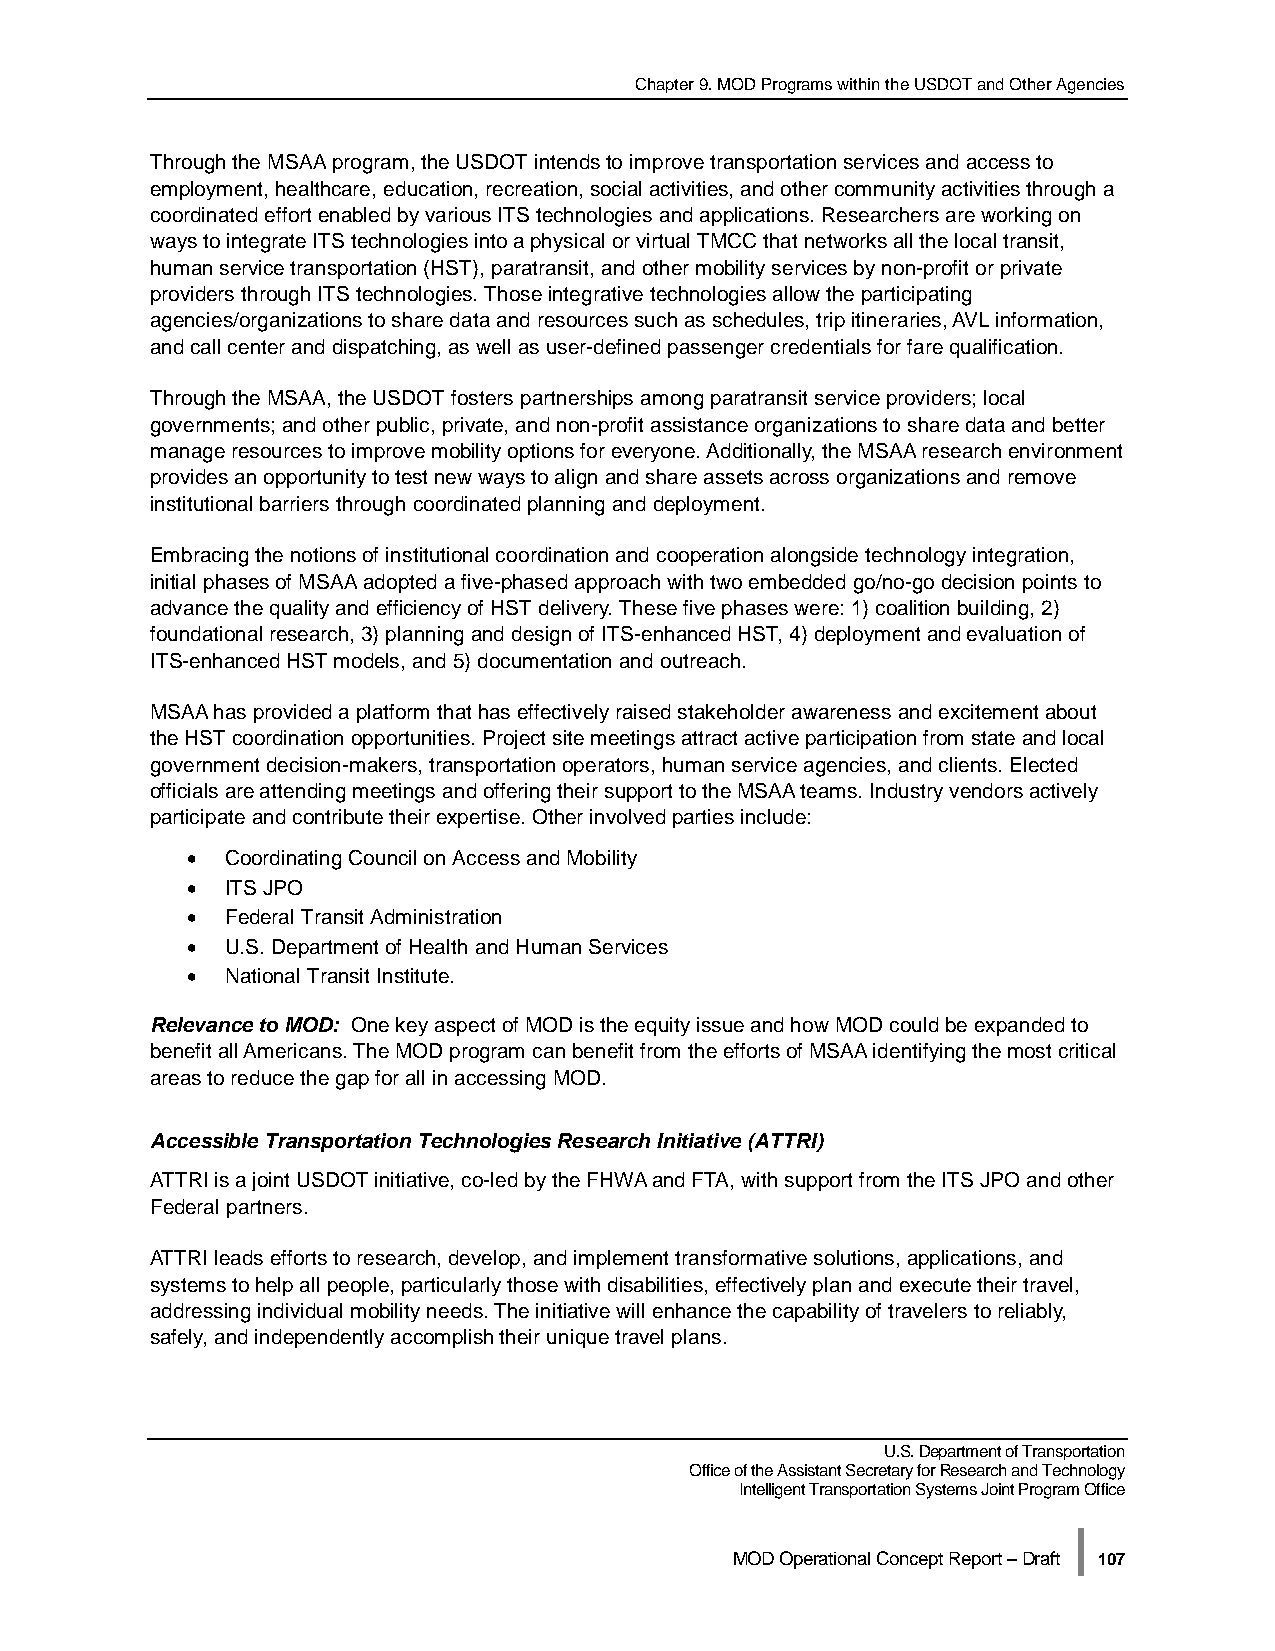
Chapter 9. MOD Programs within the USDOT and Other Agencies
 Through the MSAA program, the USDOT intends to improve transportation services and access to
 employment, healthcare, education, recreation, social activities, and other community activities through a
 coordinated effort enabled by various ITS technologies and applications. Researchers are working on
 ways to integrate ITS technologies into a physical or virtual TMCC that networks all the local transit,
 human service transportation (HST), paratransit, and other mobility services by non-profit or private
 providers through ITS technologies. Those integrative technologies allow the participating
 agencies/organizations to share data and resources such as schedules, trip itineraries, AVL information,
 and call center and dispatching, as well as user-defined passenger credentials for fare qualification.
 Through the MSAA, the USDOT fosters partnerships among paratransit service providers; local
 governments; and other public, private, and non-profit assistance organizations to share data and better
 manage resources to improve mobility options for everyone. Additionally, the MSAA research environment
 provides an opportunity to test new ways to align and share assets across organizations and remove
 institutional barriers through coordinated planning and deployment.
 Embracing the notions of institutional coordination and cooperation alongside technology integration,
 initial phases of MSAA adopted a five-phased approach with two embedded go/no-go decision points to
 advance the quality and efficiency of HST delivery. These five phases were: 1) coalition building, 2)
 foundational research, 3) planning and design of ITS-enhanced HST, 4) deployment and evaluation of
 ITS-enhanced HST models, and 5) documentation and outreach.
 MSAA has provided a platform that has effectively raised stakeholder awareness and excitement about
 the HST coordination opportunities. Project site meetings attract active participation from state and local
 government decision-makers, transportation operators, human service agencies, and clients. Elected
 officials are attending meetings and offering their support to the MSAA teams. Industry vendors actively
 participate and contribute their expertise. Other involved parties include:
 •  Coordinating Council on Access and Mobility
 •  ITS JPO
 •  Federal Transit Administration
 •  U.S. Department of Health and Human Services
 •  National Transit Institute.
 Relevance to MOD: One key aspect of MOD is the equity issue and how MOD could be expanded to
 benefit all Americans. The MOD program can benefit from the efforts of MSAA identifying the most critical
 areas to reduce the gap for all in accessing MOD.
 Accessible Transportation Technologies Research Initiative (ATTRI)
 ATTRI is a joint USDOT initiative, co-led by the FHWA and FTA, with support from the ITS JPO and other
 Federal partners.
 ATTRI leads efforts to research, develop, and implement transformative solutions, applications, and
 systems to help all people, particularly those with disabilities, effectively plan and execute their travel,
 addressing individual mobility needs. The initiative will enhance the capability of travelers to reliably,
 safely, and independently accomplish their unique travel plans.
 U.S. Department of Transportation
 Office of the Assistant Secretary for Research and Technology
 Intelligent Transportation Systems Joint Program Office
 |
 MOD Operational Concept Report – Draft 107